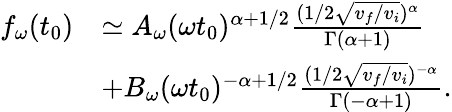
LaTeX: \begin{array}{rl}{f_{\omega}(t_{0})}&{\simeq A_{\omega}(\omega t_{0})^{\alpha+1/2}\frac{(1/2\sqrt{v_{f}/v_{i}})^{\alpha}}{\Gamma(\alpha+1)}}\\ &{+B_{\omega}(\omega t_{0})^{-\alpha+1/2}\frac{(1/2\sqrt{v_{f}/v_{i}})^{-\alpha}}{\Gamma(-\alpha+1)}.}\end{array}